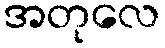
အတုလေ